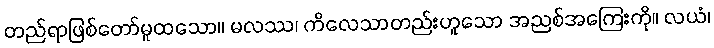
တည်ရာဖြစ်တော်မူထသော။ မလဿ၊ ကိလေသာတည်းဟူသော အညစ်အကြေးကို။ လယံ၊